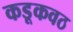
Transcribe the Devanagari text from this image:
कडूकवठ